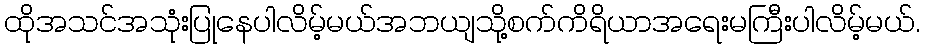
ထိုအသင်အသုံးပြုနေပါလိမ့်မယ်အဘယျသို့စက်ကိရိယာအရေးမကြီးပါလိမ့်မယ်.